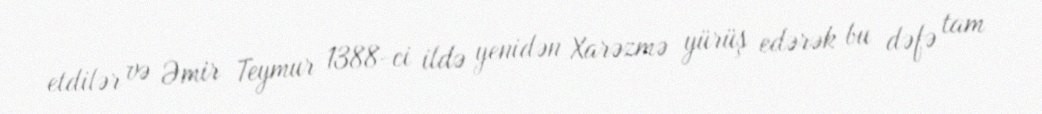
etdilər və Əmir Teymur 1388-ci ildə yenidən Xarəzmə yürüş edərək bu dəfə tam